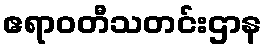
ဧရာဝတီသတင်းဌာန